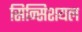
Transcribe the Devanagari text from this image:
सिन्सिशयल